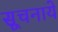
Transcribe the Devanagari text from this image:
सूचनाये